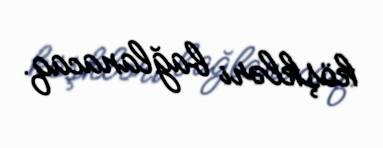
köşkləri bağlanacaq.